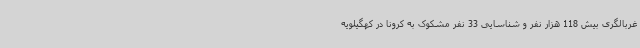
غربالگری بیش 118 هزار نفر و شناسایی 33 نفر مشکوک به کرونا در کهگیلویه